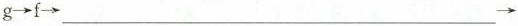
g→f→___→